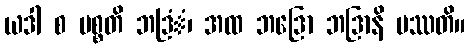
ယဒါ စ ပစ္စတိ ဘဒြံံ၊ အထ ဘဒြော ဘဒြာနိ ပဿတိ။